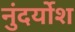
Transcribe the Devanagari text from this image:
नुंदर्योश